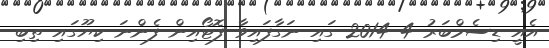
އެއީ ޑިސެމްބަރު 4 2014 ގައި ނަގާފައިވާ ފޮޓޯއިން ފެންނަ ކިޔޫގައި ތިބި